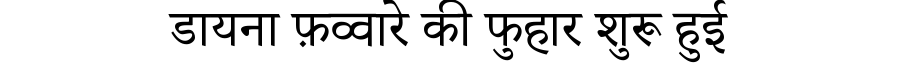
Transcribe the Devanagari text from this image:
डायना फ़व्वारे की फुहार शुरू हुई